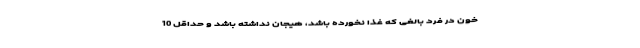
خون در فرد بالغی که غذا نخورده باشد، هیجان نداشته باشد و حداقل 10